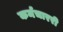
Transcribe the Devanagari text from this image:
कर्मचाररी